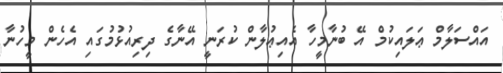
އައްސަލާމް ޢަލައިކުމް އޭ ބުނާމީހާ އެއިޢުލާން ކުރަނީ އޭނާގެ ދިރިއުޅުމުގައި އެހެން މީހުނާ